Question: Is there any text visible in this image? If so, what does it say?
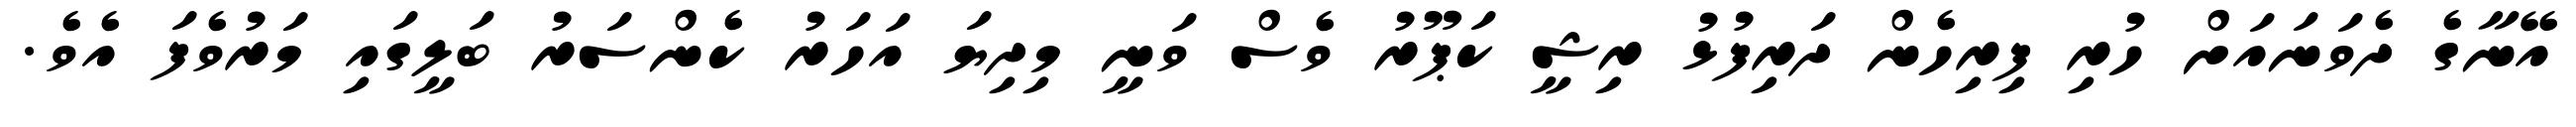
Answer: އޭނާގެ ދެވަނައަށް ހުރި ފިރިހެން ދަރިފުޅު ރިޝީ ކަޕޫރު ވެސް ވަނީ މިދިޔަ އަހަރު ކެންސަރު ބަލީގައި މަރުވެފަ އެވެ.